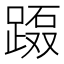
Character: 𲃲